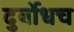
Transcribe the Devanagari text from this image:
दुर्बोधच